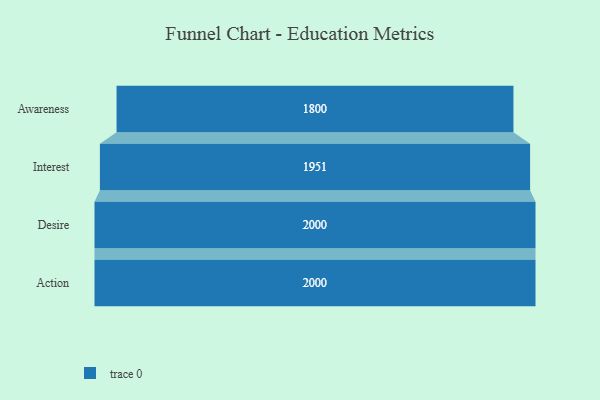
{"axis": {"x": "Stage", "y": "Value"}, "legend": [""], "data": [{"x": "Awareness", "y": 1800.0, "type": ""}, {"x": "Interest", "y": 1951.0, "type": ""}, {"x": "Desire", "y": 2000, "type": ""}, {"x": "Action", "y": 2000, "type": ""}]}